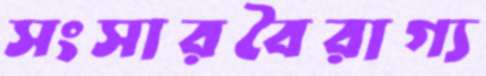
সংসারবৈরাগ্য